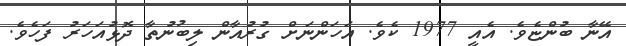
އޭނާ ބުންޏެވެ. އެއީ 1977 ކެވެ. އަހަންނަށް ގުރުއާން ލިބުނުތާ ދޮޅުއަހަރު ފަހެވެ.